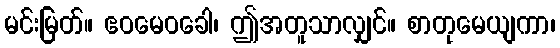
မင်းမြတ်။ ဧဝမေဝခေါ၊ ဤအတူသာလျှင်။ စာတုမေယျကာ၊